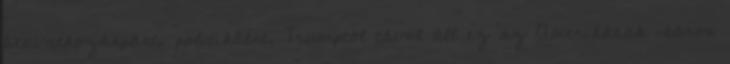
beavatkozáspárti politikáért. Trumptól távol áll ez az Amerikának „káros